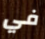
في